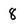
Character: 8